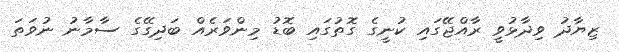
ޒިޔާދު ވިދާޅުވީ ރާއްޖޭގައި ކުނީގެ ގޮތުގައި ބޮޑު މިންވަރެއް ބަދިގޭގެ ސާމާނު ނުވަތަ